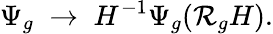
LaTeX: \Psi_{g}\; \rightarrow\; H^{-1}\Psi_{g}(\mathcal{R}_{g}H).